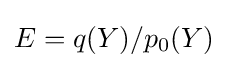
E=q(Y)/p_{0}(Y)